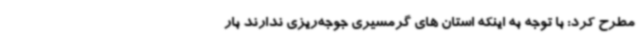
مطرح کرد: با توجه به اینکه استان های گرمسیری جوجه‌ریزی ندارند بار